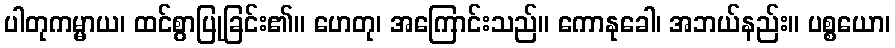
ပါတုကမ္မာယ၊ ထင်စွာပြုခြင်း၏။ ဟေတု၊ အကြောင်းသည်။ ကောနုခေါ၊ အဘယ်နည်း။ ပစ္စယော၊